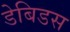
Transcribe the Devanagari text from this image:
डेबिडस